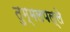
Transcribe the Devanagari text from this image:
तुम्मलपल्ले